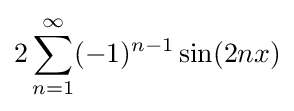
2\sum _{n=1}^{\infty }(-1)^{n-1}\sin(2nx)